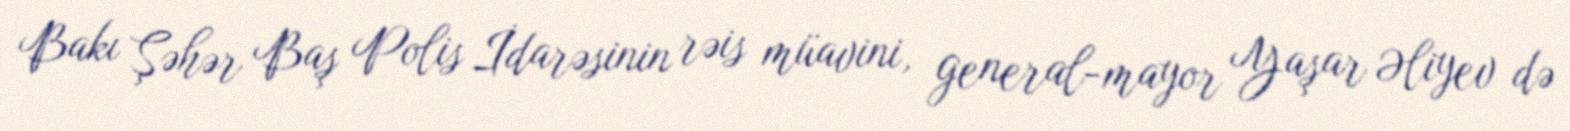
Bakı Şəhər Baş Polis İdarəsinin rəis müavini, general-mayor Yaşar Əliyev də